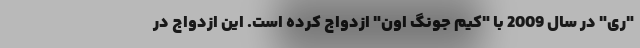
"ری" در سال 2009 با "کیم جونگ اون" ازدواج کرده است. این ازدواج در